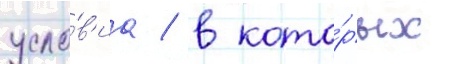
усло́в'иа / в кото́рых